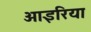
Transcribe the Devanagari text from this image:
आइरिया